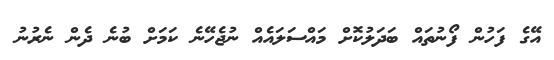
އޭގެ ފަހުން ފޯނުތައް ބަދަލުކޮށް މައްސަލައެއް ނުޖެހޭނެ ކަމަށް ބުނެ ދެން ނެރުނު